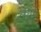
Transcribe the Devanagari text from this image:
लेबले